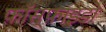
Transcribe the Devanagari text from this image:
फ़ॉस्फ़ाइडो